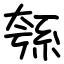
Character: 綔